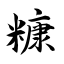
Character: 糠